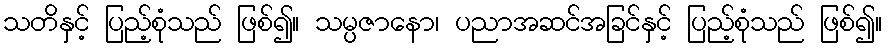
သတိနှင့် ပြည့်စုံသည် ဖြစ်၍။ သမ္ပဇာနော၊ ပညာအဆင်အခြင်နှင့် ပြည့်စုံသည် ဖြစ်၍။